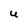
Character: U